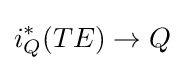
i_{Q}^{\ast }(TE)\to Q